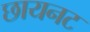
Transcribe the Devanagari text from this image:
छायनट